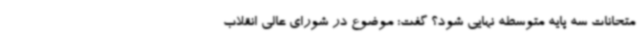
متحانات سه پایه متوسطه نهایی شود؟ گفت: موضوع در شورای عالی انقلاب